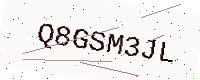
Text: Q8GSM3JL